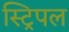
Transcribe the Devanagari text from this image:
स्ट्रिपल